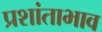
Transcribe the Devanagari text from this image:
प्रशांताभाव